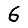
Digit: 6